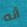
أنه